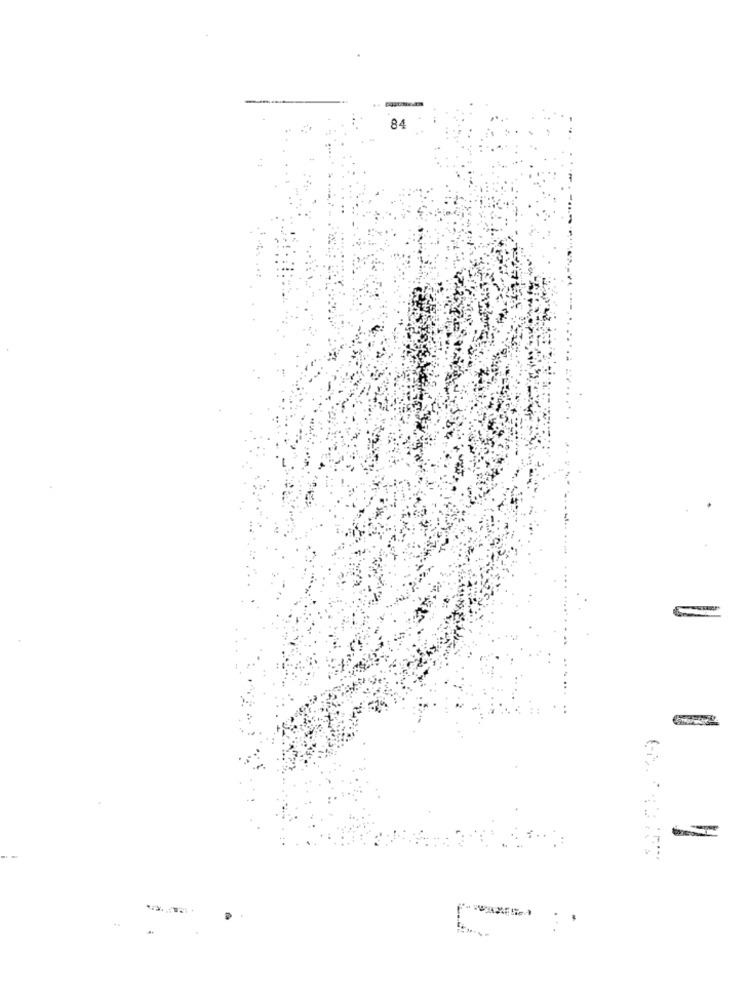
84